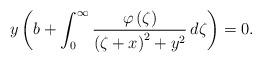
LaTeX: \begin{align*}y \left( b+ \int_0^{\infty}\frac{\varphi\left(\zeta\right)}{\left(\zeta+x\right)^2+ y^2}\,d\zeta\right)=0. \end{align*}